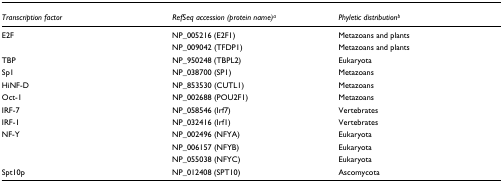
| Transcription factor | RefSeq accession (protein name)a | Phyletic distributionb |
 | --- | --- | --- |
 | E2F | NP_005216 (E2F1) | Metazoans and plants |
 |  | NP_009042 (TFDP1) | Metazoans and plants |
 | TBP | NP_950248 (TBPL2) | Eukaryota |
 | Sp1 | NP_038700 (SP1) | Metazoans |
 | HiNF-D | NP_853530 (CUTL1) | Metazoans |
 | Oct-1 | NP_002688 (POU2F1) | Metazoans |
 | IRF-7 | NP_058546 (Irf7) | Vertebrates |
 | IRF-1 | NP_032416 (Irf1) | Vertebrates |
 | NF-Y | NP_002496 (NFYA) | Eukaryota |
 |  | NP_006157 (NFYB) | Eukaryota |
 |  | NP_055038 (NFYC) | Eukaryota |
 | Spt10p | NP_012408 (SPT10) | Ascomycota |